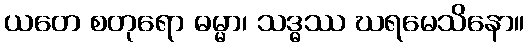
ယတေ စတုရော ဓမ္မာ၊ သဒ္ဓဿ ဃရမေသိနော။